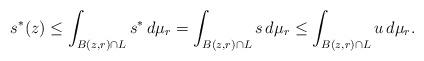
LaTeX: \begin{align*}s^*(z)\le\int_{B(z,r)\cap L} s^*\,d\mu_r=\int_{B(z,r)\cap L} s\,d\mu_r\le\int_{B(z,r)\cap L} u\,d\mu_r.\end{align*}